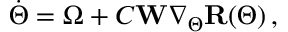
\begin{array} { r } { \Dot { \Theta } = \Omega + C \mathbf { W } \nabla _ { \Theta } \mathbf { R } ( \Theta ) \, , } \end{array}